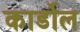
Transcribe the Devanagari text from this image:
कार्डोल